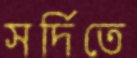
সর্দিতে